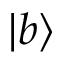
| b \rangle